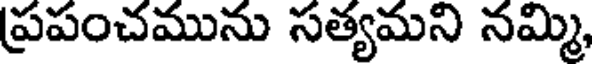
ప్రపంచమును సత్యమని నమ్మి,